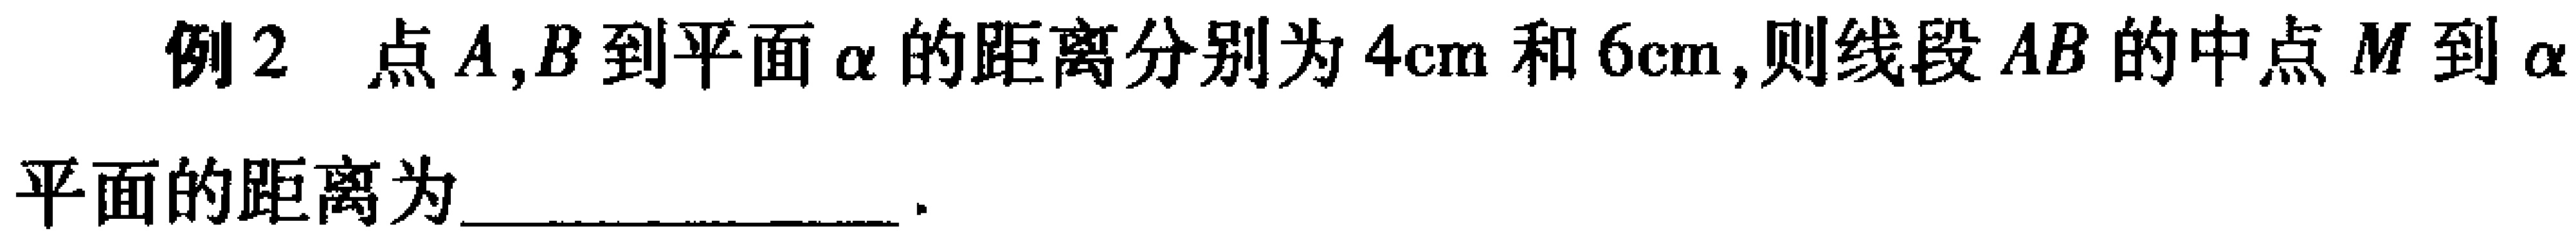
例2 点\(A,B\)到平面\(\alpha\)的距离分别为\(4\text{cm}\)和\(6\text{cm}\),则线段\(AB\)的中点\(M\)到\(\alpha\)平面的距离为________________.